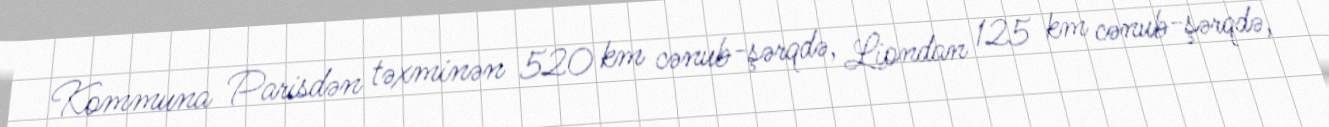
Kommuna Parisdən təxminən 520 km cənub-şərqdə, Liondan 125 km cənub-şərqdə,